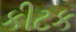
કીટક